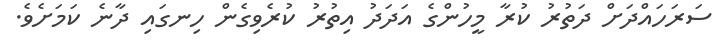
ސަރަހައްދަށް ދަތުރު ކުރާ މީހުންގެ އަދަދު އިތުރު ކުރެވިގެން ހިނގައި ދާނެ ކަމަށެވެ.